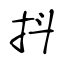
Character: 抖